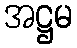
အဋ္ဌမ